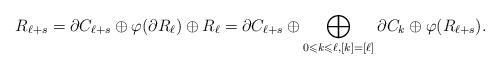
LaTeX: \begin{gather*}R_{\ell+s} = \partial C_{\ell+s} \oplus \varphi( \partial R_{\ell}) \oplus R_\ell = \partial C_{\ell+s} \oplus \bigoplus_{0 \leqslant k \leqslant \ell, [k] = [\ell]} \partial C_{k} \oplus \varphi(R_{\ell+s}).\end{gather*}